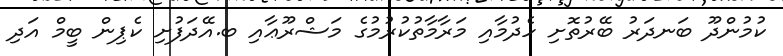
ކުމުންދޫ ބަނދަރު ބޭރުތޮށި ހެދުމާއި މަރާމާތުކުރުމުގެ މަޝްރޫޢާއި ބ.އޭދަފުށި ކެޕިން ބީމް އަދި